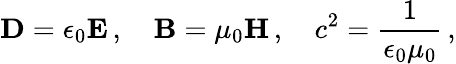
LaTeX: \mathbf{D}=\epsilon_{0}\mathbf{E}\, ,\quad\mathbf{B}=\mu_{0}\mathbf{H}\, ,\quad c^{2}={\frac{1}{\epsilon_{0}\mu_{0}}}\, ,